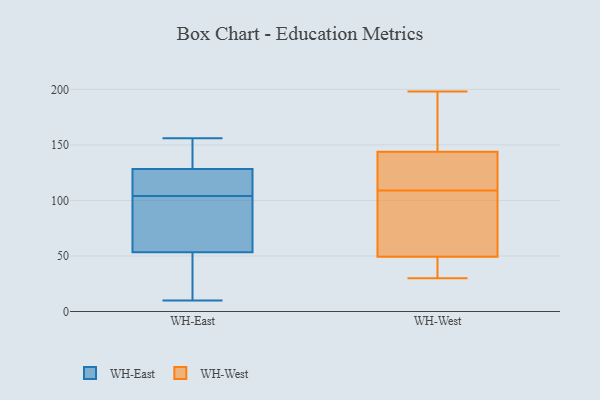
{"axis": {"x": "Tickets Resolved", "y": "Value"}, "legend": ["WH-East", "WH-West"], "data": [{"x": "", "y": 156, "type": "WH-East"}, {"x": "", "y": 10, "type": "WH-East"}, {"x": "", "y": 129, "type": "WH-East"}, {"x": "", "y": 117, "type": "WH-East"}, {"x": "", "y": 155, "type": "WH-East"}, {"x": "", "y": 10, "type": "WH-East"}, {"x": "", "y": 92, "type": "WH-East"}, {"x": "", "y": 104, "type": "WH-East"}, {"x": "", "y": 45, "type": "WH-East"}, {"x": "", "y": 48, "type": "WH-East"}, {"x": "", "y": 55, "type": "WH-East"}, {"x": "", "y": 146, "type": "WH-East"}, {"x": "", "y": 114, "type": "WH-East"}, {"x": "", "y": 81, "type": "WH-East"}, {"x": "", "y": 128, "type": "WH-East"}, {"x": "", "y": 114, "type": "WH-East"}, {"x": "", "y": 78, "type": "WH-East"}, {"x": "", "y": 172, "type": "WH-West"}, {"x": "", "y": 32, "type": "WH-West"}, {"x": "", "y": 59, "type": "WH-West"}, {"x": "", "y": 46, "type": "WH-West"}, {"x": "", "y": 109, "type": "WH-West"}, {"x": "", "y": 126, "type": "WH-West"}, {"x": "", "y": 180, "type": "WH-West"}, {"x": "", "y": 79, "type": "WH-West"}, {"x": "", "y": 198, "type": "WH-West"}, {"x": "", "y": 30, "type": "WH-West"}, {"x": "", "y": 117, "type": "WH-West"}, {"x": "", "y": 144, "type": "WH-West"}, {"x": "", "y": 81, "type": "WH-West"}, {"x": "", "y": 143, "type": "WH-West"}, {"x": "", "y": 40, "type": "WH-West"}]}